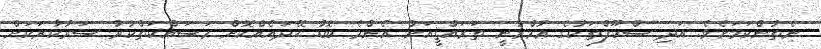
ނެތުންކަމަށެވެ. އަދި ސްކޫލްތަކުގެ ޢުމްރާނީ ތަރައްޤީއަށް އެންމެ ބޮޑު ހޭދައެއްކޮށް މަސައްކަތްކުރާ ސަރުކާރަކަށް